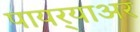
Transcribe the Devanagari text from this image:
पायर्‍याअर